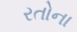
રતોના